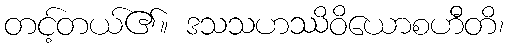
တင့်တယ်၏။ ဒသသဟဿိဝိယောစဟီတိ၊